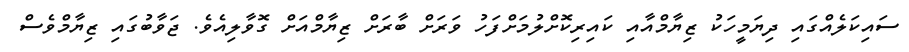
ސައިކަލެއްގައި ދިޔަމީހަކު ޒިޔާމްއާއި ކައިރިކޮށްލުމަށްފަހު ވަރަށް ބާރަށް ޒިޔާމްއަށް ގޮވާލިއެވެ. ޖަވާބުގައި ޒިޔާމްވެސް